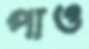
পাও